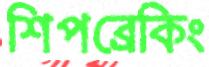
শিপব্রেকিং